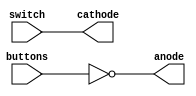
`timescale 1ns / 1ps
module top(
    input wire [3:0] buttons,
    input wire [7:0] switch,
    output wire [3:0] anode,
    output wire [7:0] cathode
    );
    assign anode = ~buttons;
    assign cathode = switch;
endmodule